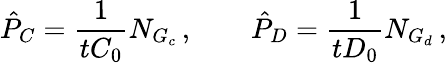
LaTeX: \hat{P}_{C}=\frac{1}{tC_{0}}N_{G_{c}}\, ,\qquad\hat{P}_{D}=\frac{1}{tD_{0}}N_{G_{d}}\, ,